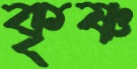
কৃষ্ণ